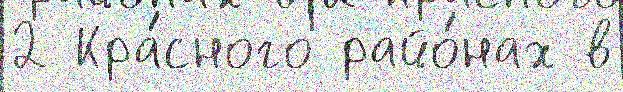
2 Кра́сного райо́нах в